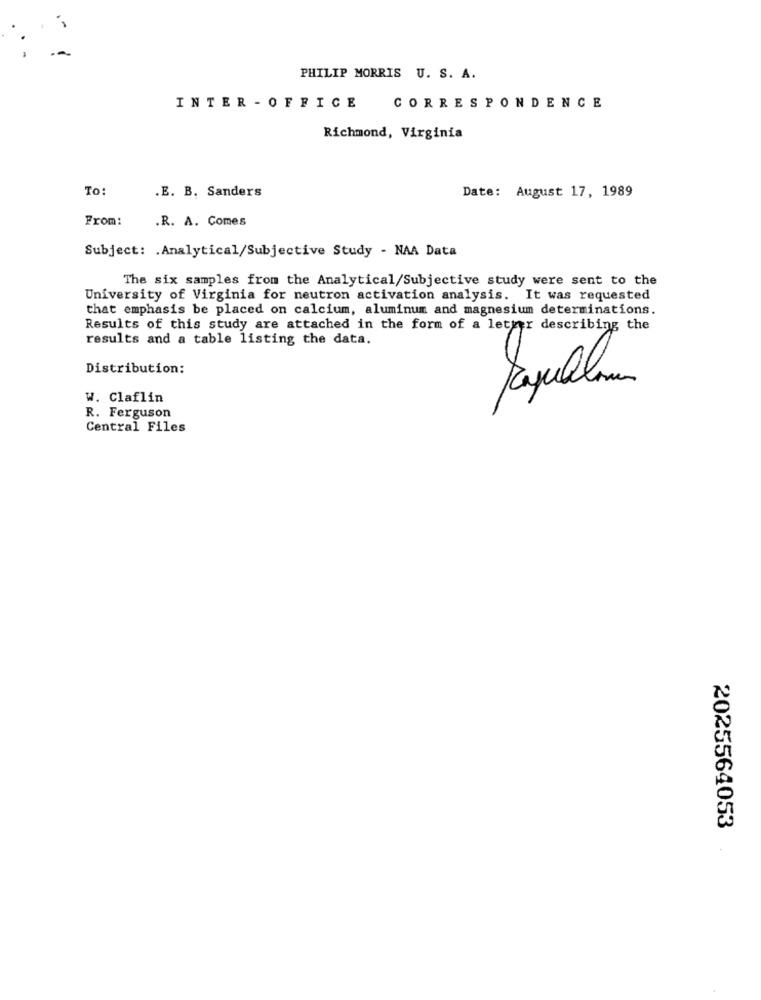
PHILIP MORRIS U. S. A.
INTER - OFFICE
CORRESPONDENCE
Richmond, Virginia
To:
.E. B. Sanders
Date: August 17, 1989
From:
.R. A. Comes
Subject: . Analytical/Subjective Study - NAA Data
The six samples from the Analytical/Subjective study were sent to the
University of Virginia for neutron activation analysis. It was requested
that emphasis be placed on calcium, aluminum and magnesium determinations.
Results of this study are attached in the form of a letter describing the
results and a table listing the data.
Distribution:
W. Claflin
R. Ferguson
Central Files
2025564053